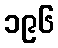
၁၉၆